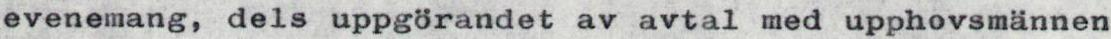
evenemang, dels uppgörandet av avtal med upphovsmännen